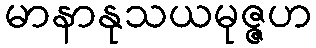
မာနာနုသယမုဇ္ဇဟ